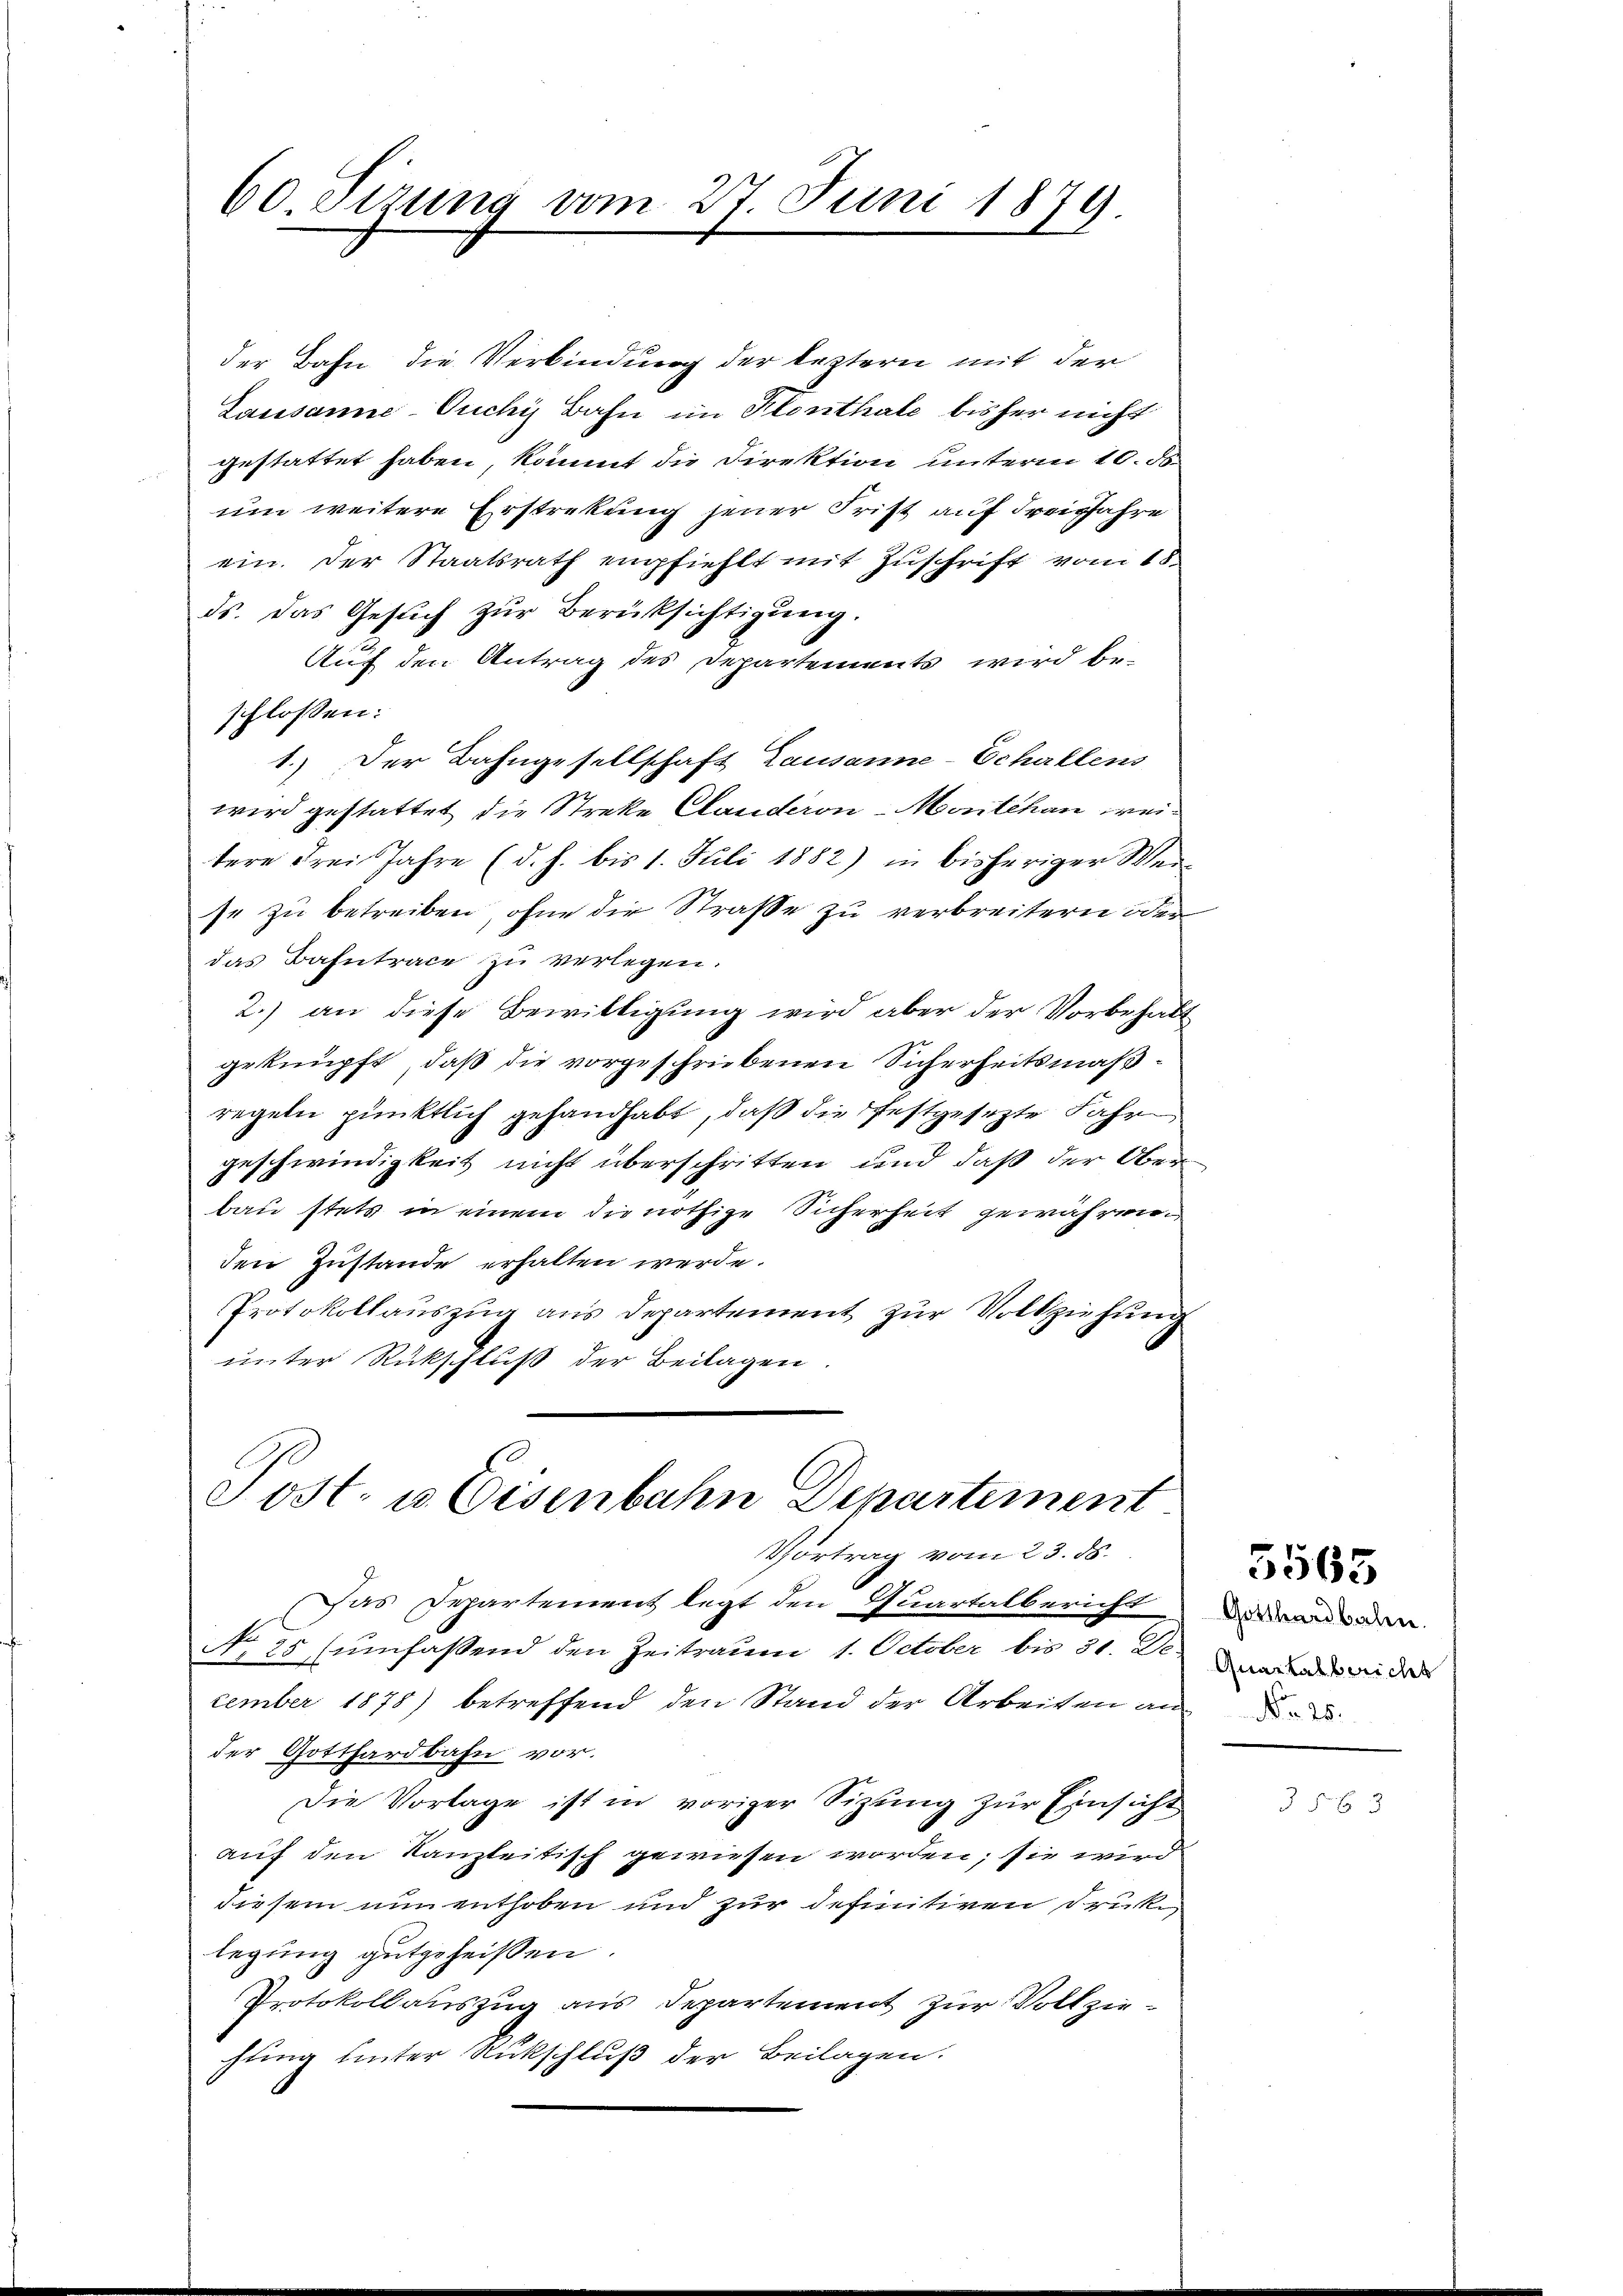
60. Sizung vom 27. Juni 1879.

der Bahn die Verbindung der leztern mit der
Lausanne-Ouchy Bahn im Klenthale bisher nicht
gestattet haben, kommt die Direktion unterm 10. ds.
um weitere Erstrekung jener Frist auf Freisfahre
ein. Der Staatsrath empfiehlt mit Zuschrift vom 15.
ds. das Gesuch zur Berücksichtigung.
Auf den Antrag des Departements wird be-
schlossen:
1.) Der Bahngesellschaft Lausanne-Echallens
wird gestattet die Streke Clauderon Marthan weitere drei Jahre (d. h. bis 1. Juli 1882) in bisheriger Wer-
se zu betreiben, ohne die Straße zu verbreitern oder
das Bahntrace zu verlegen.
2.) an diese Bewilligung wird aber der Vorbehalt
geknüpft, daß die vorgeschriebenen Sicherheitsmäßregeln pünktlich gehandhabt, daß die festgesezte Jahr
geschwindigkeit nicht überschritten und daß der Ober
bau stets in einem die nöthige Sicherheit gewähren.
den Zustande erhalten werde.
Protokollauszug aus Departement zur Vollziehung
unter Rückschluß der Beilagen.

Post- u Eisenbahn Departement
Vortrag vom 23. ds.

Das Departement legt den Quartalbericht
No 35 sumfaßend den Zeitraum 1. October bis 31. Le drei der
zember 1878) betreffend den Stand der Arbeiten an
der Gotthardbahn vor.
Die Vorlage ist in voriger Sitzung zur Einsicht
auf den Kanzleitisch gewiesen worden; sie wird
diesem nun enthoben und zur definitiven Drucke
legung gutgeheißen.
Protokollauszug aus Departement zur Vollziehung unter Rückschluß der Beilagen.

Gotthardbalen.

5565